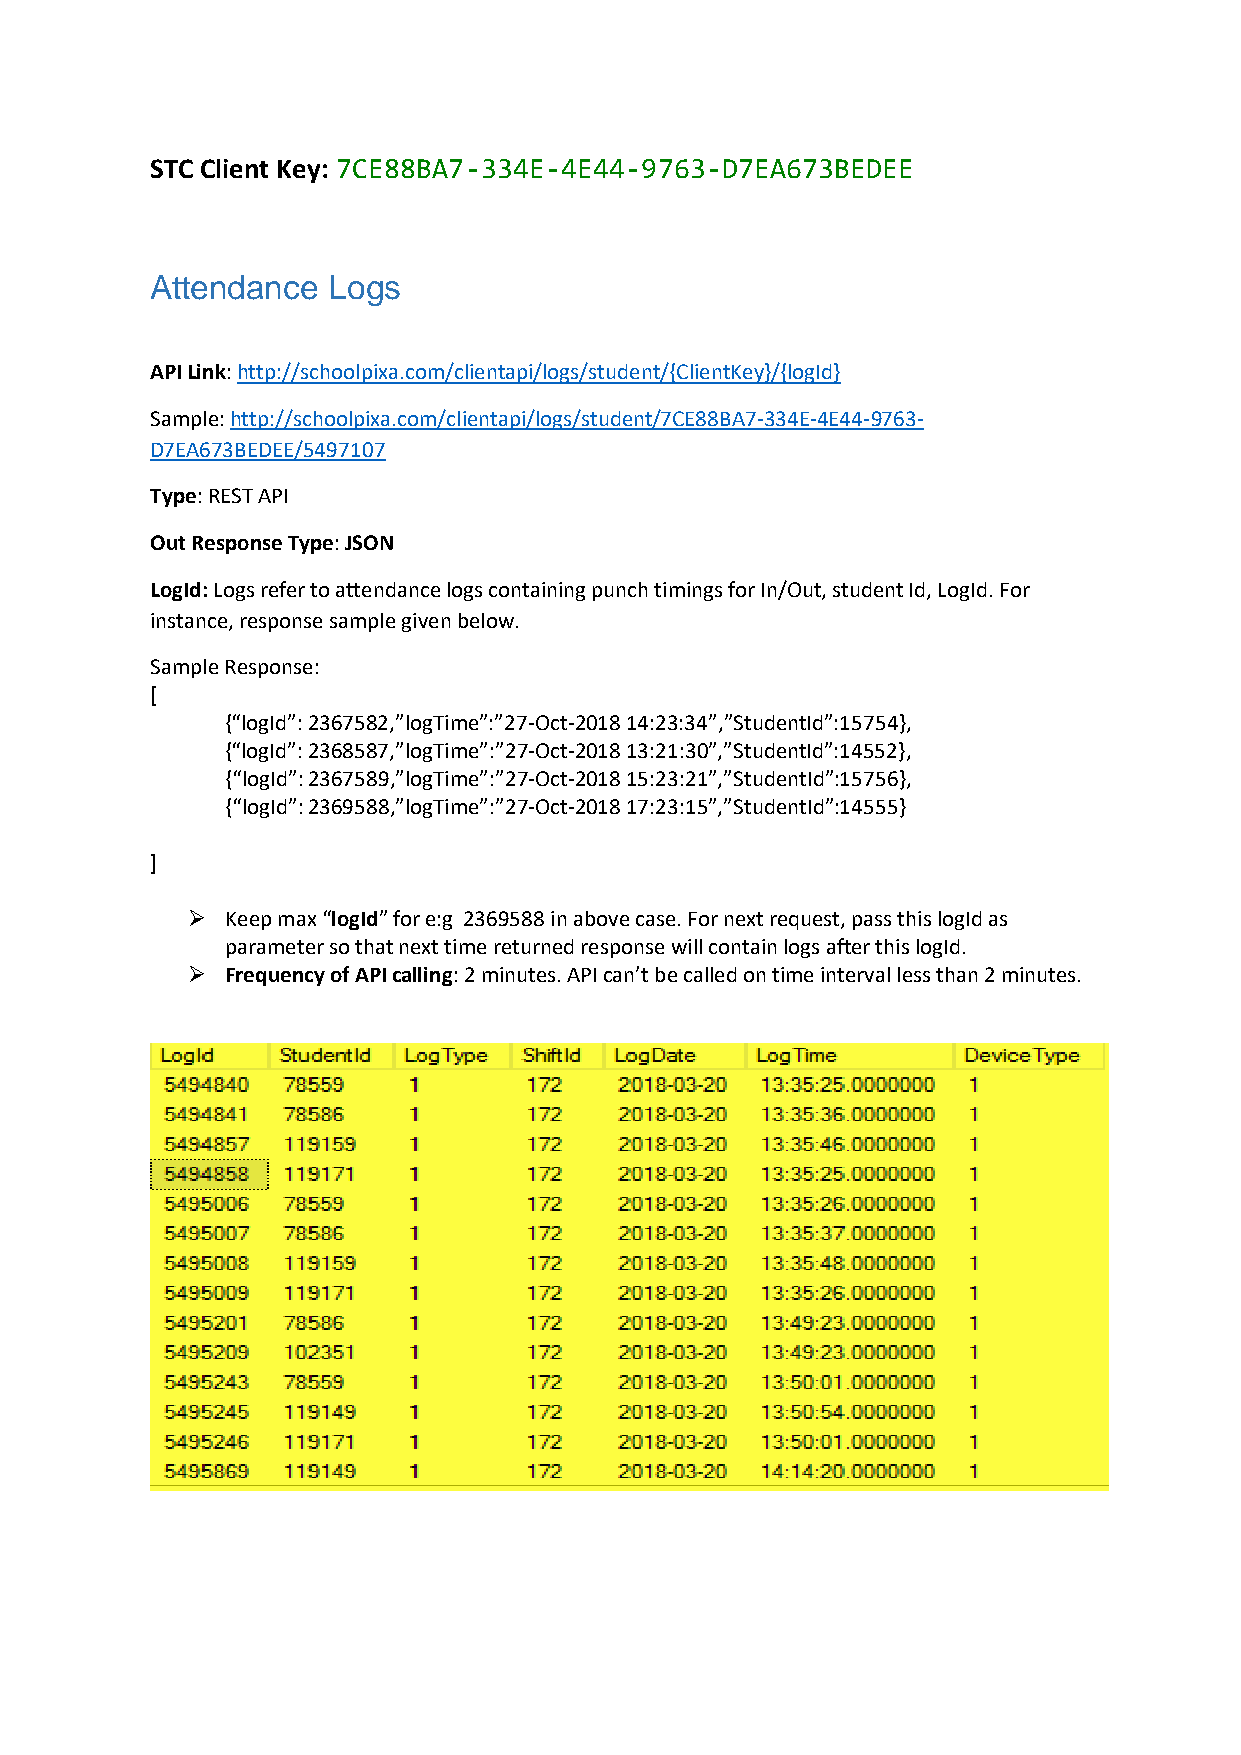
STC Client Key: 7CE88BA7-334E-4E44-9763-D7EA673BEDEE
 Attendance  Logs
 API Link: http://schoolpixa.com/clientapi/logs/student/{ClientKey}/{logId}
 Sample: http://schoolpixa.com/clientapi/logs/student/7CE88BA7-334E-4E44-9763-
 D7EA673BEDEE/5497107
 Type: REST API
 Out Response Type: JSON
 LogId: Logs refer to attendance logs containing punch timings for In/Out, student Id, LogId. For
 instance, response sample given below.
 Sample Response:
 [
 {“logId”: 2367582,”logTime”:”27-Oct-2018 14:23:34”,”StudentId”:15754},
 {“logId”: 2368587,”logTime”:”27-Oct-2018 13:21:30”,”StudentId”:14552},
 {“logId”: 2367589,”logTime”:”27-Oct-2018 15:23:21”,”StudentId”:15756},
 {“logId”: 2369588,”logTime”:”27-Oct-2018 17:23:15”,”StudentId”:14555}
 ]
   Keep max “logId” for e:g 2369588 in above case. For next request, pass this logId as
 parameter so that next time returned response will contain logs after this logId.
   Frequency of API calling: 2 minutes. API can’t be called on time interval less than 2 minutes.